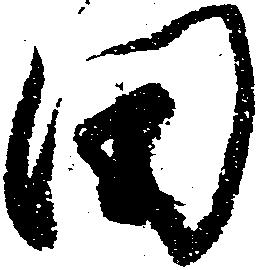
田